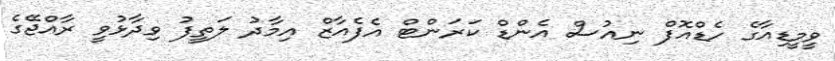
ވީމީޑިއާގެ ހެޑްއޮފް ނިއުސް އެންޑް ކަރަންޓް އެފެއާޒް އިމާދު ލަތީފު ވިދާޅުވީ ރާއްޖޭގެ